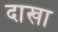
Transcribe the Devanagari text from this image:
दाखा